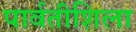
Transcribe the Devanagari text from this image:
पार्वतीशिला